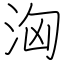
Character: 洶